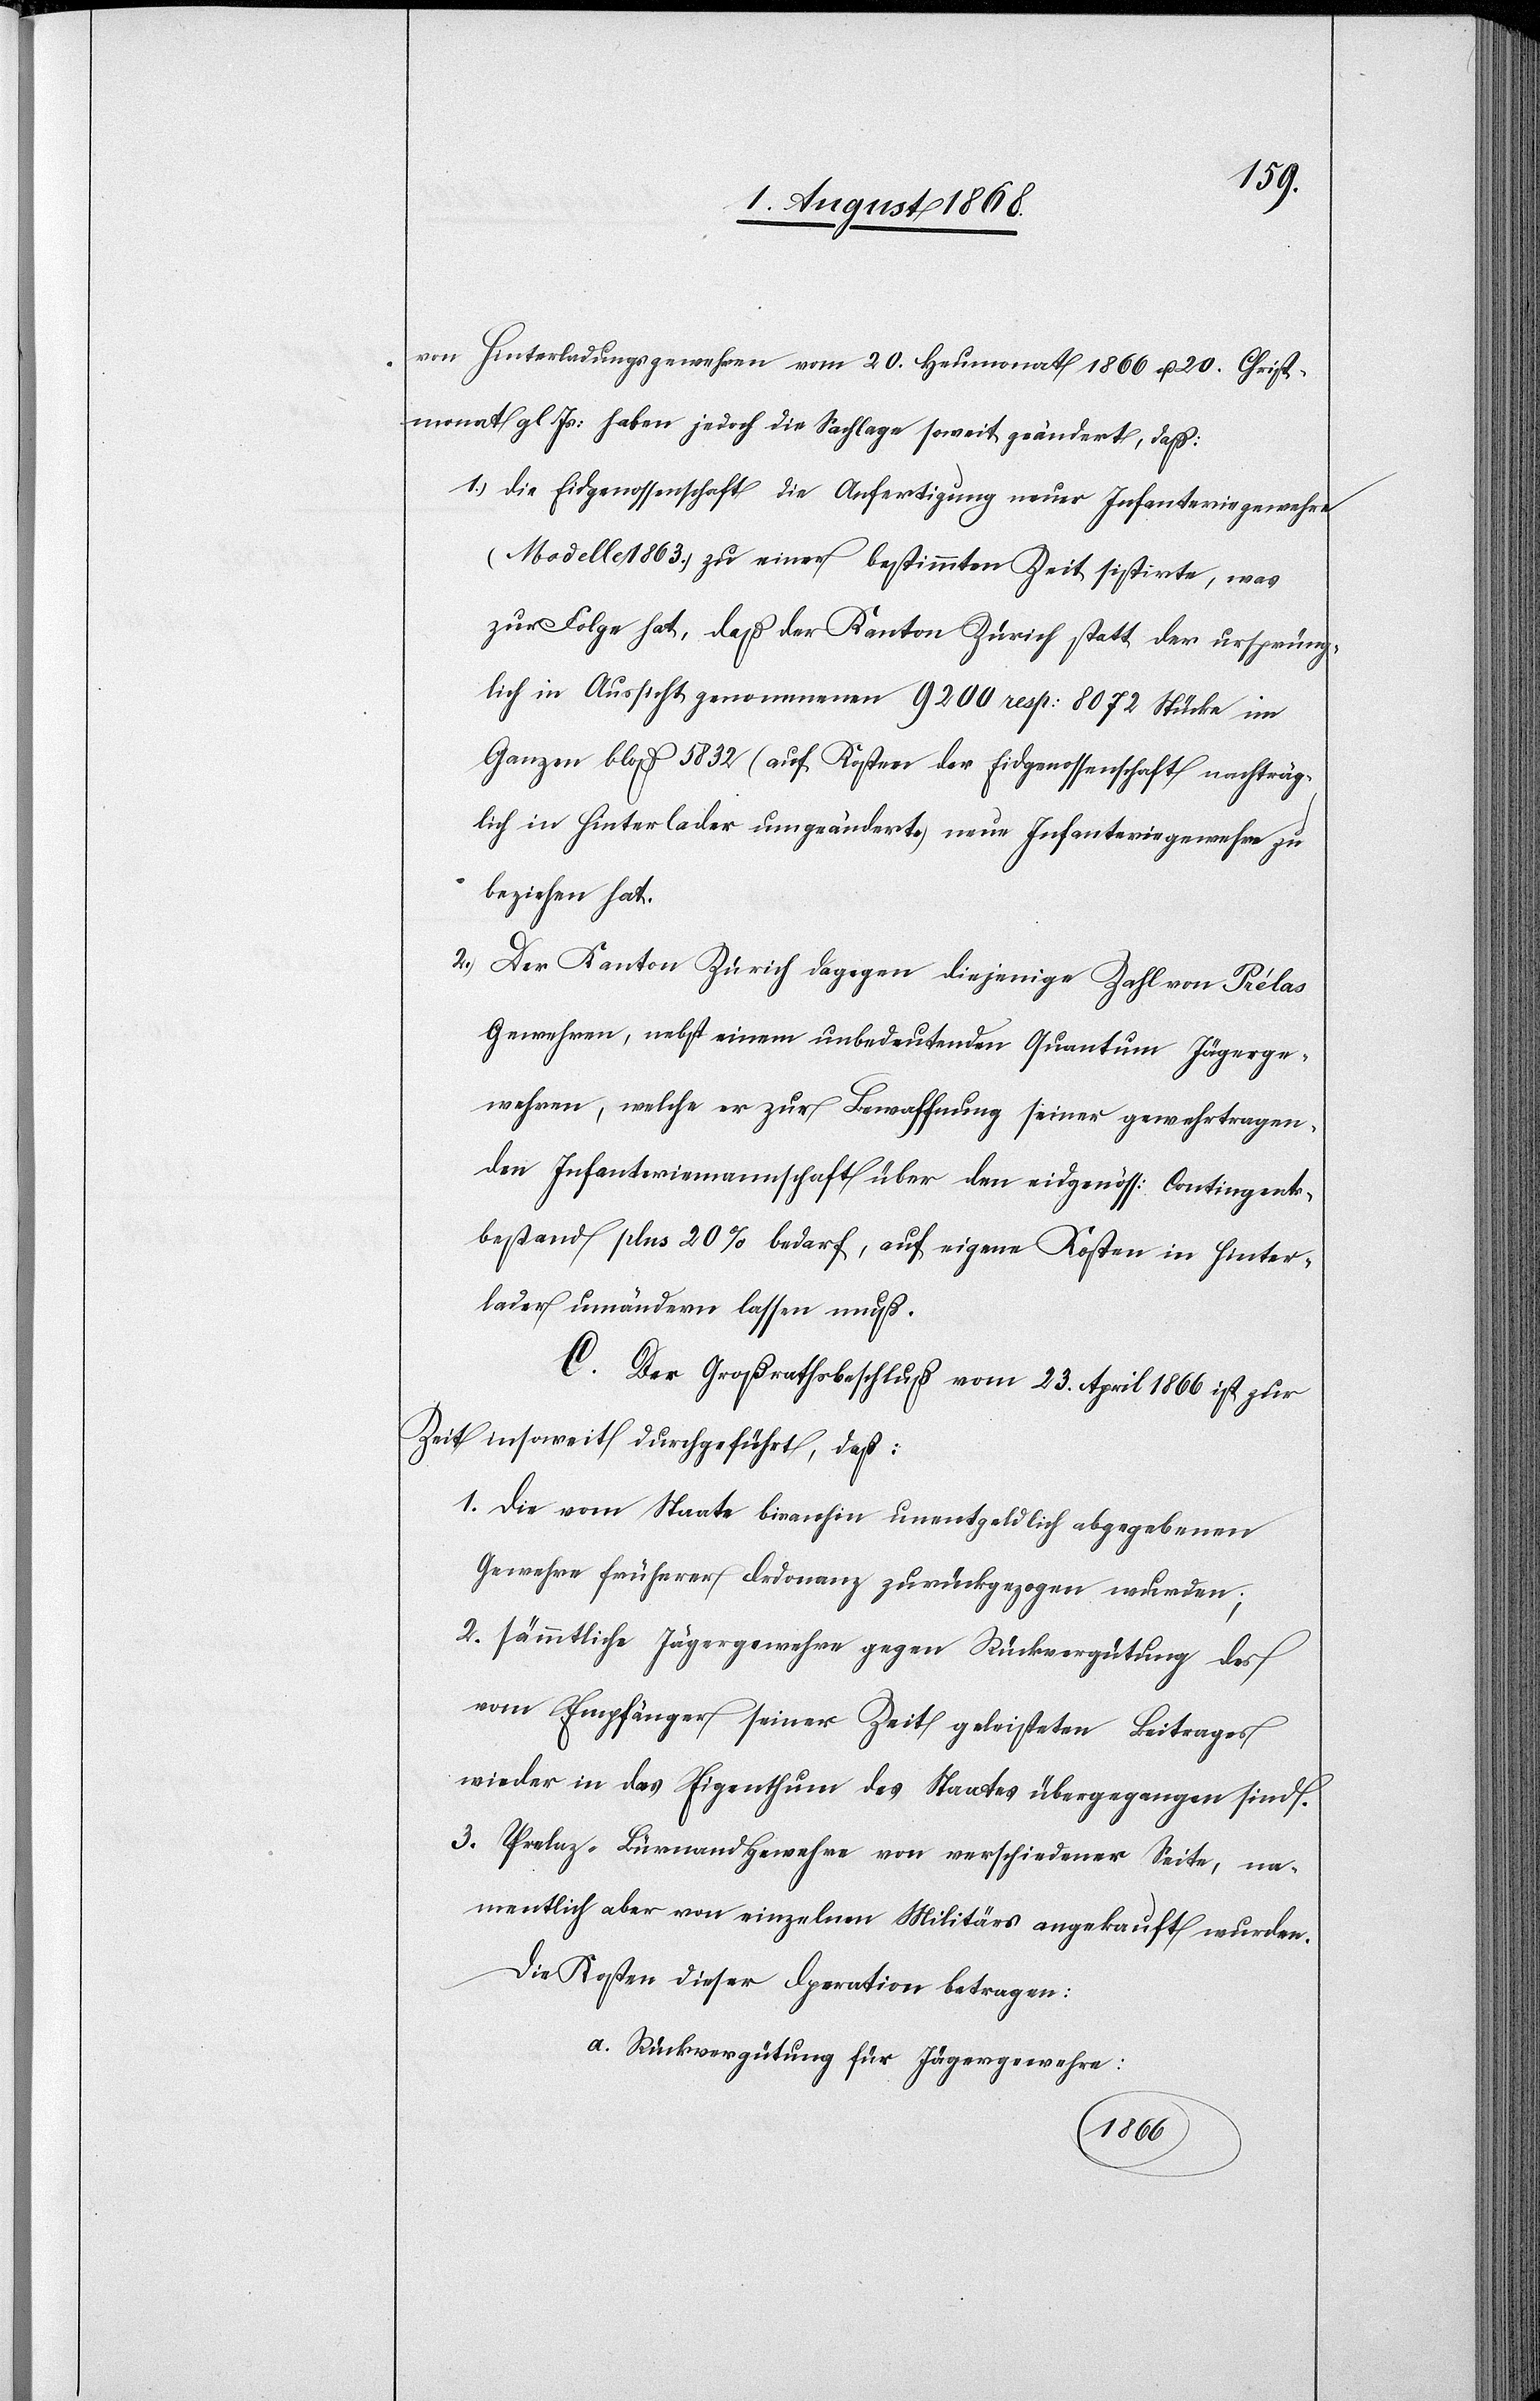
von Hinterladungsgewehren vom 20. Heumonat 1866 u. 20. Christ¬
monat gl. Js: haben jedoch die Sachlage soweit geändert, daß:
Die Eidgenossenschaft die Anfertigung neuer Infanteriegewehre
(Modelle 1863.) zu einer bestimmten Zeit sistirte, was
zur Folge hat, daß der Kanton Zürich statt der ursprüng¬
lich in Aussicht genommenen 9200 resp: 8072 Stücke im
Ganzen bloß 5832 (auf Kosten der Eidgenossenschaft nachträg¬
lich in Hinterlader umgeänderte) neue Infanteriegewehre zu
beziehen hat.
Der Kanton Zürich dagegen diejenige Zahl von Prélas
Gewehren, nebst einem unbedeutenden Quantum Jägerge¬
wehren, welche er zur Bewaffnung seiner gewehrtragen¬
den Infanteriemannschaft über den eidgenöss: Contingents¬
bestand plus 20% bedarf, auf eigene Kosten in Hinter¬
lader umändern lassen muß.
C. Der Großrathsbeschluß vom 23. April 1866 ist zur
Zeit insoweit durchgeführt, daß:
Die vom Staate bisanhin unentgeldlich abgegebenen
Gewehre früherer Ordonanz zurückgezogen wurden;
Sämmtliche Jägergewehre gegen Rückvergütung des
vom Empfänger seiner Zeit geleisteten Beitrages
wieder in das Eigenthum des Staates übergegangen sind.
Prelaz-Bürnandgewehre von verschiedener Seite, na¬
mentlich aber von einzelnen Militärs angekauft wurden.
Die Kosten dieser Operation betragen:
Rückvergütung für Jägergewehre: